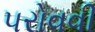
પરોવવી